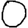
Digit: 0